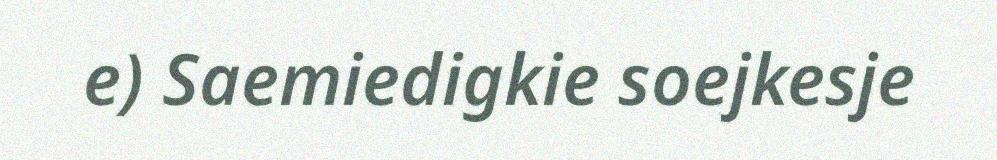
e) Saemiedigkie soejkesje